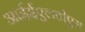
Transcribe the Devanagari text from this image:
आईईएलटीएस